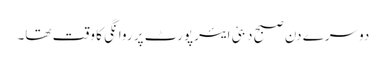
دوسرے دن صبح دبئی ایئرپورٹ پر روانگی کا وقت تھا۔